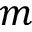
m